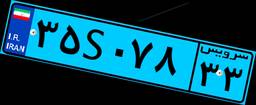
۳۵S۰۷۸۳۳